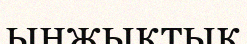
ынжықтық